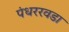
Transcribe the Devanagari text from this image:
पंधररवडा